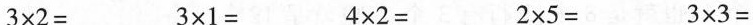
3×2= 3×1= 4×2= 2×5= 3×3=